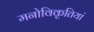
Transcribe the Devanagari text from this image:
मनोविकृतियां